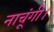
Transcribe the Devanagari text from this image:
नाचूंगी।